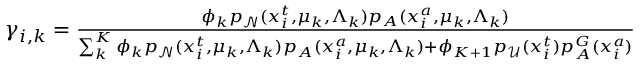
\begin{array} { r } { \gamma _ { i , k } = \frac { \phi _ { k } p _ { \mathcal N } ( x _ { i } ^ { t } , \mu _ { k } , \Lambda _ { k } ) p _ { A } ( x _ { i } ^ { a } , \mu _ { k } , \Lambda _ { k } ) } { \sum _ { k } ^ { K } \phi _ { k } p _ { \mathcal N } ( x _ { i } ^ { t } , \mu _ { k } , \Lambda _ { k } ) p _ { A } ( x _ { i } ^ { a } , \mu _ { k } , \Lambda _ { k } ) + \phi _ { K + 1 } p _ { \mathcal { U } } ( x _ { i } ^ { t } ) p _ { A } ^ { G } ( x _ { i } ^ { a } ) } } \end{array}